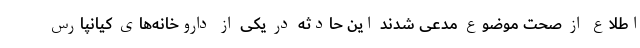
اطلاع از صحت موضوع مدعی شدند این حادثه در یکی از داروخانه‌های کیانپارس